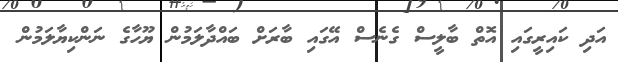
އަދި ކައިރީގައި އޮތް ބާލީސް ގެނެސް އޭގައި ބާރަށް ބައްދާލަމުން ޔޫހާގެ ނަންކިޔާލަމުން